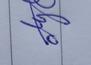
Signature authenticity: genuine